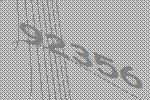
92356